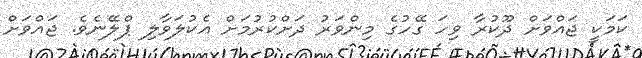
ކަަމަކީ ޖައްވަށް ދޫކުރާ ވިހަ ގޭހުގެ މިންވަރު ދަށްކުރުމަށް އެކުލަވާލި ޕްލޭނެވެ. ޖައްވަށް